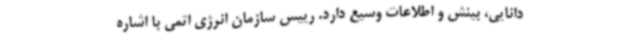
دانایی، بینش و اطلاعات وسیع دارد. رییس سازمان انرژی اتمی با اشاره